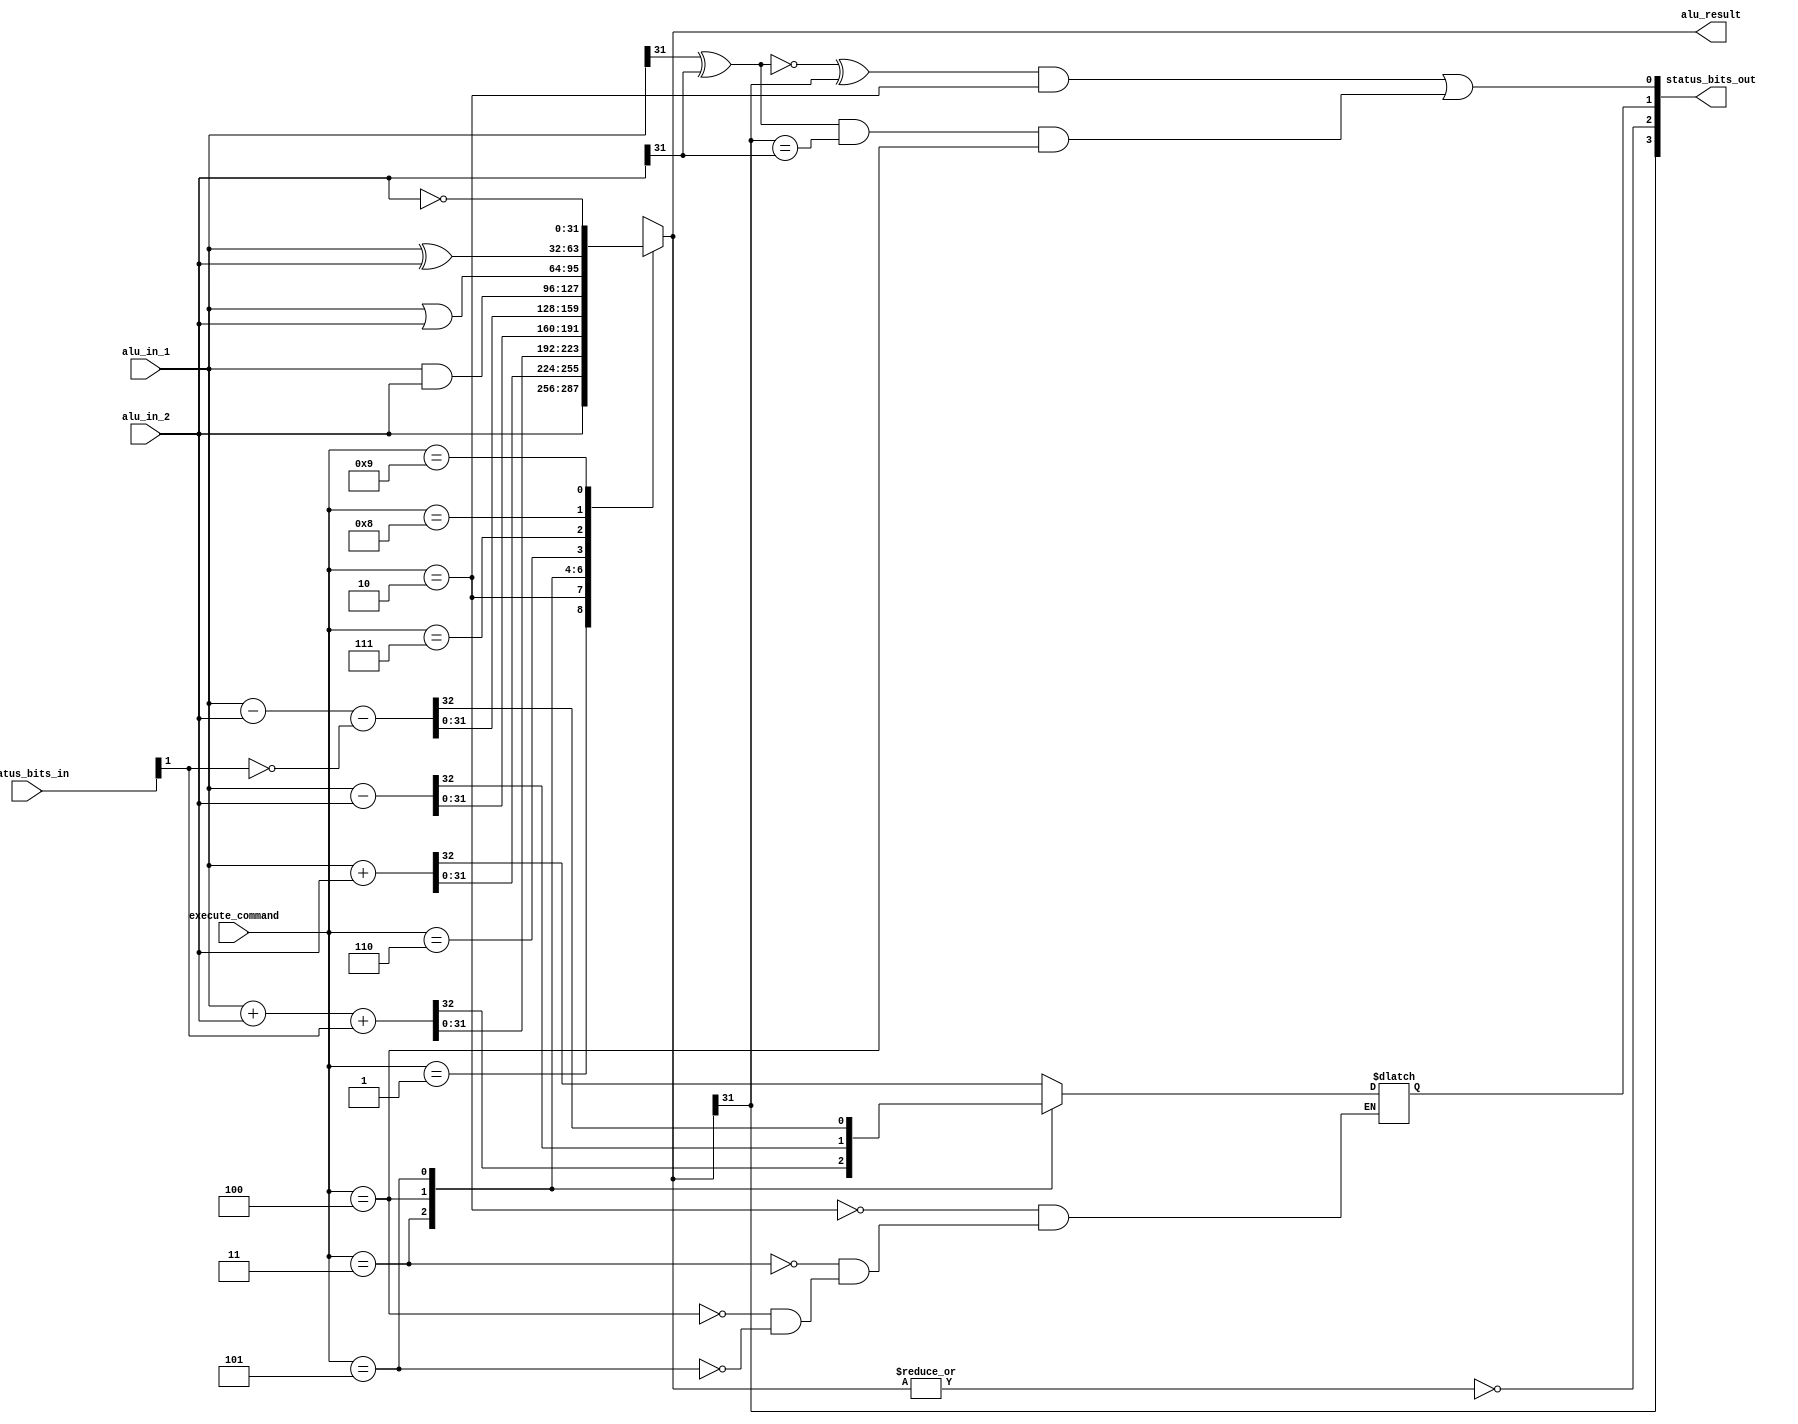
`define EXECMD_MOV              4'b0001     // 1
`define EXECMD_ADD_LDR_STR      4'b0010     // 2
`define EXECMD_ADC              4'b0011     // 3
`define EXECMD_SUB_CMP          4'b0100     // 4
`define EXECMD_SBC              4'b0101     // 5
`define EXECMD_AND_TST          4'b0110     // 6
`define EXECMD_ORR              4'b0111     // 7
`define EXECMD_EOR              4'b1000     // 8
`define EXECMD_MVN              4'b1001     // 9

module alu(
    input       signed  [31:0]  alu_in_1,
    input       signed  [31:0]  alu_in_2,
    input               [3:0]   execute_command,
    input               [3:0]   status_bits_in,

    output reg  signed  [31:0]  alu_result,
    output              [3:0]   status_bits_out
);

    wire    sr_bit_C_in;
    reg     sr_bit_C_out;
    wire    sr_bit_N_out;
    wire    sr_bit_Z_out;
    wire    sr_bit_V_out;

    assign sr_bit_C_in      = status_bits_in[1];
    assign sr_bit_N_out     = alu_result[31];
    assign sr_bit_Z_out     = ~(|alu_result);
    assign sr_bit_V_out     =
        ((~(alu_in_1[31] ^ alu_in_2[31])) ^ (alu_result[31])) & (execute_command == `EXECMD_ADD_LDR_STR) |
        (((alu_in_1[31] ^ alu_in_2[31]) & (alu_result[31] == alu_in_2[31])) & (execute_command == `EXECMD_SUB_CMP));
    
    assign status_bits_out  = {sr_bit_N_out, sr_bit_Z_out, sr_bit_C_out, sr_bit_V_out};

    always @(*) begin
        alu_result <= 32'bx;
        case (execute_command)
            `EXECMD_MOV:                alu_result                  <= alu_in_2;
            `EXECMD_ADD_LDR_STR:        {sr_bit_C_out, alu_result}  <= alu_in_1 + alu_in_2;
            `EXECMD_ADC:                {sr_bit_C_out, alu_result}  <= alu_in_1 + alu_in_2 + {31'b0, sr_bit_C_in};
            `EXECMD_SUB_CMP:            {sr_bit_C_out, alu_result}  <= alu_in_1 - alu_in_2;
            `EXECMD_SBC:                {sr_bit_C_out, alu_result}  <= alu_in_1 - alu_in_2 - {31'b0, ~sr_bit_C_in};
            `EXECMD_AND_TST:            alu_result                  <= alu_in_1 & alu_in_2;
            `EXECMD_ORR:                alu_result                  <= alu_in_1 | alu_in_2;
            `EXECMD_EOR:                alu_result                  <= alu_in_1 ^ alu_in_2;
            `EXECMD_MVN:                alu_result                  <= ~alu_in_2;
            default:                    alu_result <= 32'bx;
        endcase
    end 

endmodule